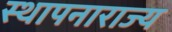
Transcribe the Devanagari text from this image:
स्थापनाराज्य